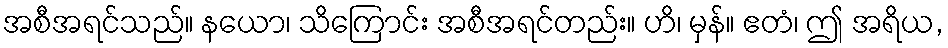
အစီအရင်သည်။ နယော၊ သိကြောင်း အစီအရင်တည်း။ ဟိ၊ မှန်။ ဧတံ၊ ဤ အရိယ,